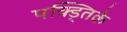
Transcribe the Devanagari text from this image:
पक्ड्तिके